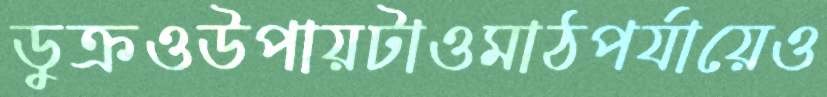
ডুক্‌রওউপায়টাওমাঠপর্যায়েও